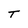
Character: T